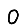
Digit: 0